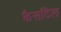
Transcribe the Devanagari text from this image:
कैसटिल